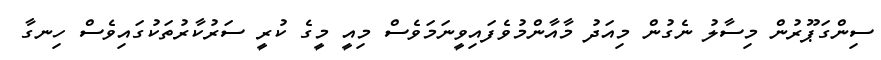
ސިންގަޕޫރުން މިސާލު ނެގުން މިއަދު މާއާންމުވެފައިވީނަމަވެސް މިއީ މީގެ ކުރީ ސަރުކާރުތަކުގައިވެސް ހިނގާ